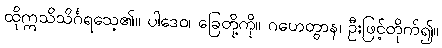
ထိုဣသိသိင်္ဂရသေ့၏။ ပါဒေဝ၊ ခြေတို့ကို။ ဂဟေတွာန၊ ဦးဖြင့်တိုက်၍။